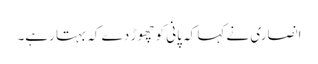
انصاری نے کہا کہ پانی کو چھوڑ دے کہ بہتا رہے۔